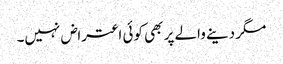
مگر دینے والے پر بھی کوئی اعتراض نہیں۔